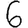
Digit: 6